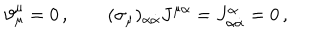
LaTeX: \vartheta _ { \mu } ^ { \mu } = 0 \, , \qquad ( \sigma _ { \mu } ) _ { \alpha \dot { \alpha } } J ^ { \mu \alpha } = J _ { \alpha \dot { \alpha } } ^ { \alpha } = 0 \, ,